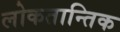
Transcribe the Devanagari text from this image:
लोकतान्तिक